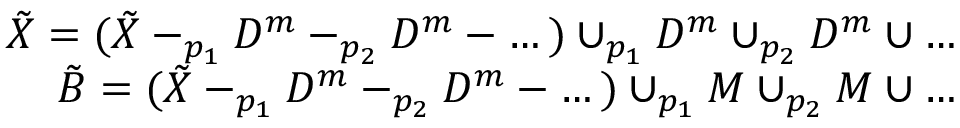
\begin{array} { r } { \Tilde { X } = ( \Tilde { X } - _ { p _ { 1 } } D ^ { m } - _ { p _ { 2 } } D ^ { m } - \dots ) \cup _ { p _ { 1 } } D ^ { m } \cup _ { p _ { 2 } } D ^ { m } \cup \dots } \\ { \Tilde { B } = ( \Tilde { X } - _ { p _ { 1 } } D ^ { m } - _ { p _ { 2 } } D ^ { m } - \dots ) \cup _ { p _ { 1 } } M \cup _ { p _ { 2 } } M \cup \dots } \end{array}